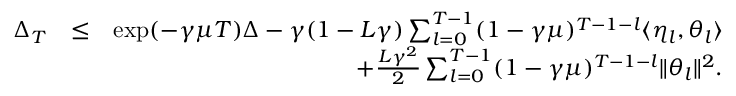
\begin{array} { r l r } { \Delta _ { T } } & { \leq } & { \exp ( - \gamma \mu T ) \Delta - \gamma ( 1 - L \gamma ) \sum _ { l = 0 } ^ { T - 1 } ( 1 - \gamma \mu ) ^ { T - 1 - l } \langle \eta _ { l } , \theta _ { l } \rangle } \\ & { } & { + \frac { L \gamma ^ { 2 } } { 2 } \sum _ { l = 0 } ^ { T - 1 } ( 1 - \gamma \mu ) ^ { T - 1 - l } \| \theta _ { l } \| ^ { 2 } . } \end{array}